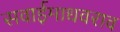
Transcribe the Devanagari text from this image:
सवाईमाधवराव